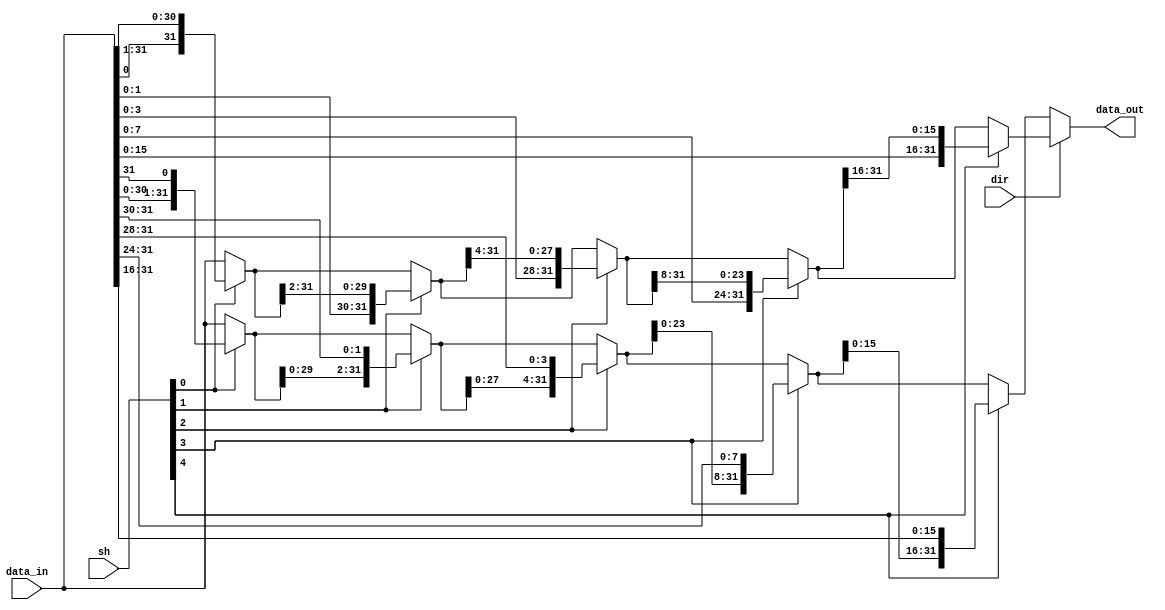
/*
 * @Author: WenJiaBao-2022E8020282071
 * @Date: 2022-10-18 17:21:22
 * @LastEditTime: 2022-10-23 16:21:14
 * @Description: 
 * 
 * Copyright (c) 2022 by WenJiaBao wenjiabao0919@163.com, All Rights Reserved. 
 */

module barrel(
output reg [31:0] data_out,
input [31:0] data_in,
input dir,
input [4:0] sh
    );

always @(*)begin
	if(dir)begin  // right
		data_out = sh[0] ? {data_in[0], data_in[31:1]} : data_in;
		data_out = sh[1] ? {data_in[1:0], data_out[31:2]} : data_out;
		data_out = sh[2] ? {data_in[3:0], data_out[31:4]} : data_out;
		data_out = sh[3] ? {data_in[7:0], data_out[31:8]} : data_out;
		data_out = sh[4] ? {data_in[15:0], data_out[31:16]} : data_out;
	end else begin  // left
		data_out = sh[0] ? {data_in[30:0], data_in[31]} : data_in;
		data_out = sh[1] ? {data_out[29:0], data_in[31:30]} : data_out;
		data_out = sh[2] ? {data_out[27:0], data_in[31:28]} : data_out;
		data_out = sh[3] ? {data_out[23:0], data_in[31:24]} : data_out;
		data_out = sh[4] ? {data_out[15:0], data_in[31:16]} : data_out;
	end
end


endmodule